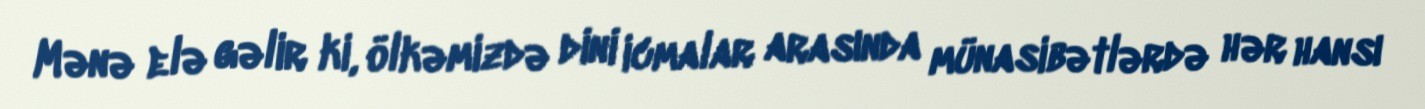
Mənə elə gəlir ki, ölkəmizdə dini icmalar arasında münasibətlərdə hər hansı